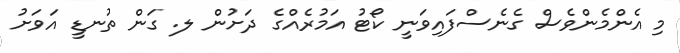
މި އެންމެންވެސް ގެނެސްފައިވަނީ ކޯޓު އަމުރެއްގެ ދަށުން ލ. ގަން ތުނޑީ އަވަށު